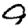
Digit: 9